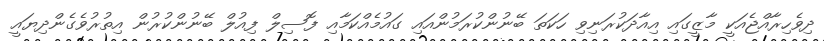
ދިވެހިރާއްޖެއަކީ މާޒީގައި އިއާދަކުރަނިވި ހަކަތަ ބޭނުންކުރަމުންއައި ގައުމެއްކަމާއި ފޮސިލް ފިއުލް ބޭނުންކުރުން އިތުރުވެގެންދިޔައީ